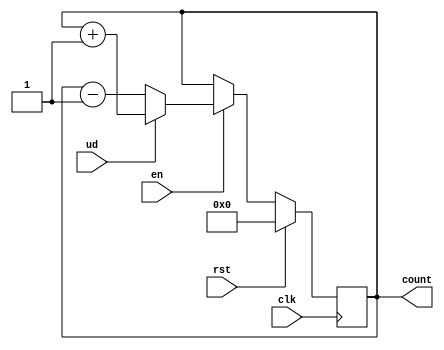
`timescale 1ns / 1ps
//////////////////////////////////////////////////////////////////////////////////
// Company: 
// Engineer: 
// 
// Design Name: 
// Module Name: counter_4
// Project Name: 
// Target Devices: 
// Tool Versions: 
// Description: 
// 
// Dependencies: 
// 
// Revision:
// Revision 0.01 - File Created
// Additional Comments:
// 
//////////////////////////////////////////////////////////////////////////////////


module counter_4(en,ud,clk,rst,count);
input en,clk,rst,ud;
output reg [3:0] count;

always @(posedge clk)
begin
if(rst)
    count <= 0;
else if(en)
    if(ud)
        count <= count + 1;
    else
        count <= count -1;
else
    count <= count;
end
endmodule